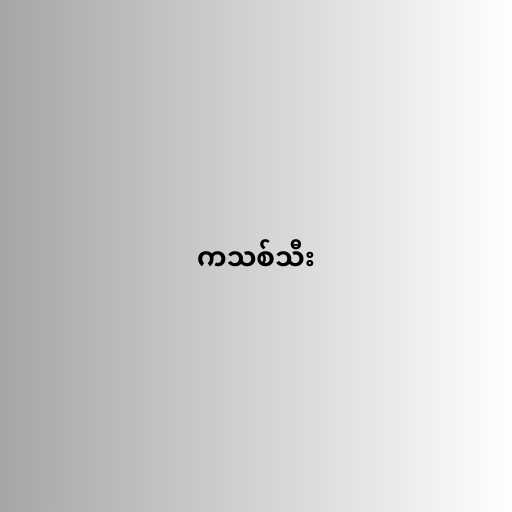
ကသစ်သီး